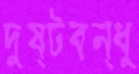
দুষ্টবন্ধু